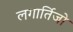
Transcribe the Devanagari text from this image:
लगार्तिजो